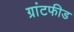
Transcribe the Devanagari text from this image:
ग्रांटफीड